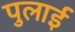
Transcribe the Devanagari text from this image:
पुलाई